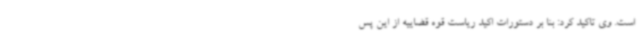
است. وی تاکید کرد: بنا بر دستورات اکید ریاست قوه قضاییه از این پس